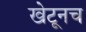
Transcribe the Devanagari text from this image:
खेटूनच